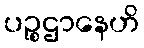
ပဉ္စဌာနေဟိ